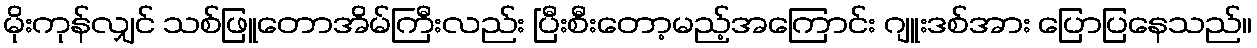
မိုးကုန်လျှင် သစ်ဖြူတောအိမ်ကြီးလည်း ပြီးစီးတော့မည့်အကြောင်း ဂျူးဒစ်အား ပြောပြနေသည်။